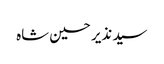
سید نذیر حسین شاه